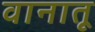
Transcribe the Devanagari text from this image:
वानातू